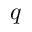
q